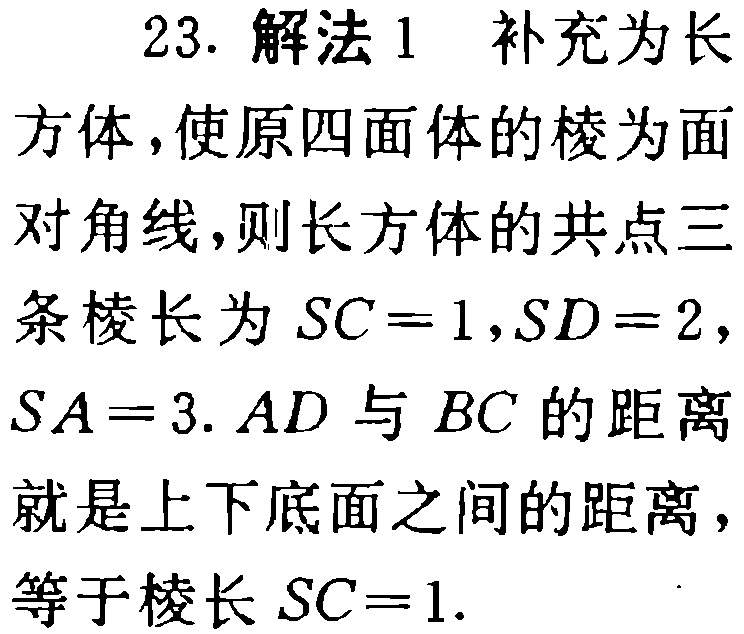
23. 解法1 补充为长方体，使原四面体的棱为面对角线，则长方体的共点三条棱长为 \(SC = 1,SD = 2,SA = 3\). \(AD\) 与 \(BC\) 的距离就是上下底面之间的距离，等于棱长 \(SC = 1\).